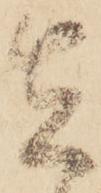
在